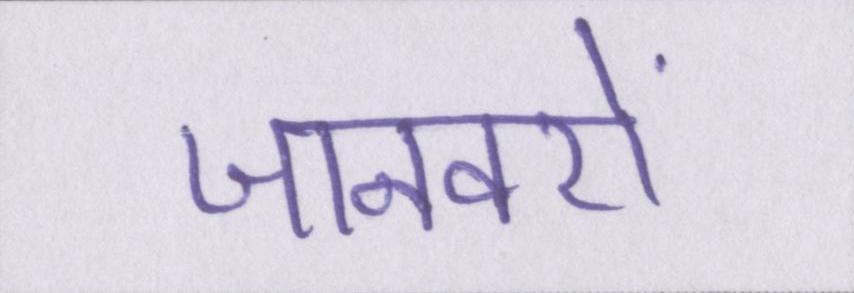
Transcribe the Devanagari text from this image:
जानवरों